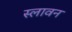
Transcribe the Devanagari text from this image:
स्लावन